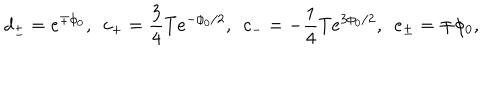
LaTeX: d _ { \pm } = e ^ { \mp \phi _ { 0 } } , \ \ c _ { + } = \frac { 3 } { 4 } T e ^ { - \phi _ { 0 } / 2 } , \ \ c _ { - } = - \frac { 1 } { 4 } T e ^ { 3 \phi _ { 0 } / 2 } , \ \ e _ { \pm } = \mp \phi _ { 0 } ,